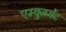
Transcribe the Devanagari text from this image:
एम्युजमेंट